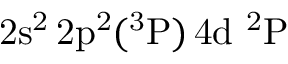
\mathrm { 2 s ^ { 2 } \, 2 p ^ { 2 } ( ^ { 3 } P ) \, 4 d ~ ^ { 2 } P }